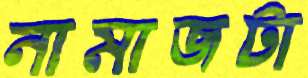
নামাজটা